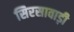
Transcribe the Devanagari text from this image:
सिरसावाड़ी